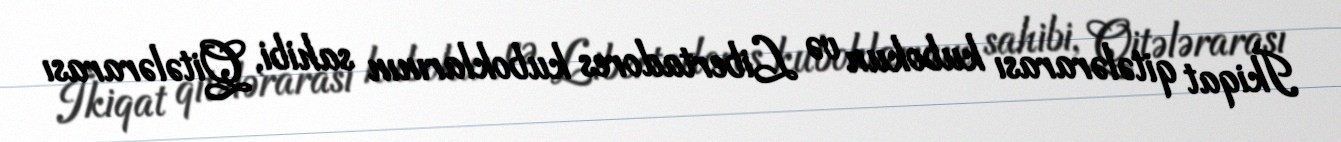
İkiqat qitələrarası kubokun və Libertadores kuboklarının sahibi, Qitələrarası